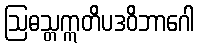
ဩဓသ္တဣတိပဒဝိဘာဂေါ